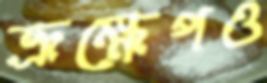
ভ্রূক্ষেপও